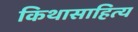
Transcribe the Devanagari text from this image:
किथासाहित्य